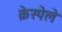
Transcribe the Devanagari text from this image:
क्रेस्पेले